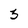
Character: 3